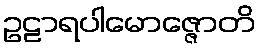
ဥဠာရပါမောဇ္ဇောတိ